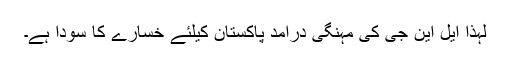
لہٰذا ایل این جی کی مہنگی درآمد پاکستان کیلئے خسارے کا سودا ہے۔